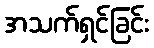
အသက်ရှင်ခြင်း